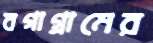
বগাগ্রামের